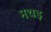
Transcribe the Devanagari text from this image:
मथइ